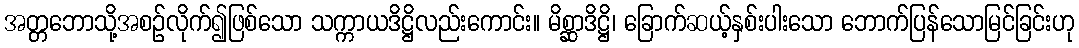
အတ္တဘောသို့အစဉ်လိုက်၍ဖြစ်သော သက္ကာယဒိဋ္ဌိလည်းကောင်း။ မိစ္ဆာဒိဋ္ဌိ၊ ခြောက်ဆယ့်နှစ်းပါးသော ဘောက်ပြန်သောမြင်ခြင်းဟု